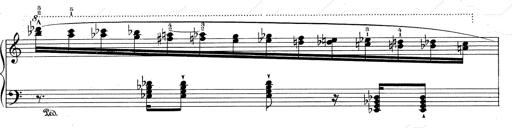
Title: RÃ©miniscences de Don Juan
Composer: Franz Liszt